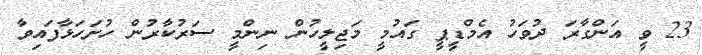
23 ވީ އަންގާރަ ދުވަހު އެމްޑީޕީ ގައުމީ މަޖިލީހުން ނިންމީ ސަރުކާރުން ހުށަހަޅާފައިވާ